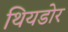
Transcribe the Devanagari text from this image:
थियडोर